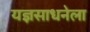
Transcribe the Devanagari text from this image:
यज्ञसाधनेला